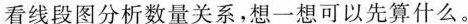
看线段图分析数量关系，想一想可以先算什么。